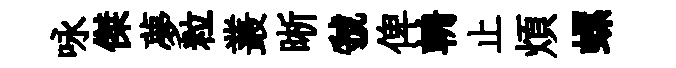
咏傑夢粒叢晰虢俾輈止煩螺